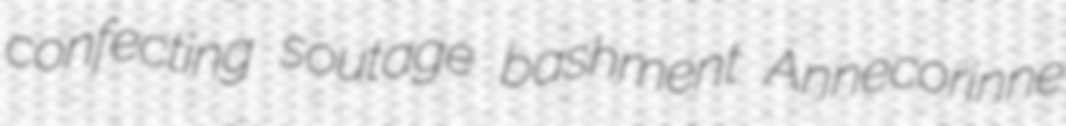
confecting soutage bashment Annecorinne